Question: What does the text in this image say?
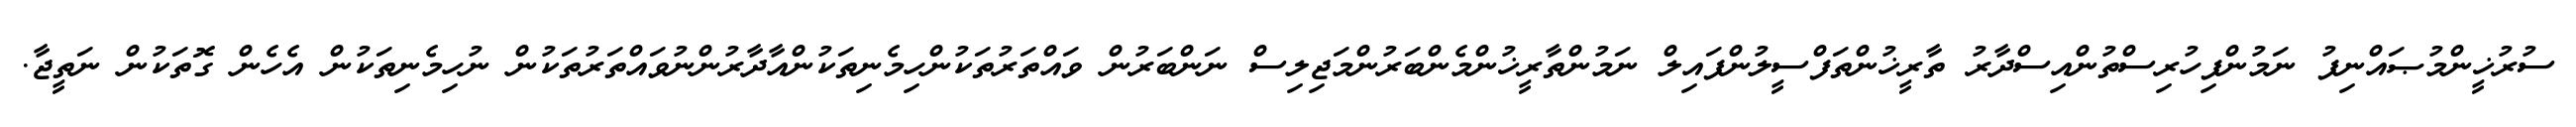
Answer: ސުރުޚީންމުޞައްނިފު ނަމުންފިހުރިސްތުންއިސްދާރު ތާރީޚުންތަފްސީލުންފައިލް ނަމުންތާރީޚުންމެންބަރުންމަޖިލިސް ނަންބަރުން ވައްތަރުތަކުންހިމެނިތަކުންއާދާރުންނުވައްތަރުތަކުން ނުހިމެނިތަކުން އެހެން ގޮތަކުން ނަތީޖާ.